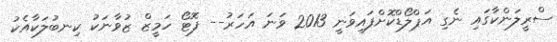
ސްރީލަންކާގައި ނެގި އަޕްލޯޑްކޮށްފައިވަނީ 2013 ވަނަ އަހަރު-- ފޮޓޯ ހަމީޒް ޒުވާނަކު ކިނބުލަކާއެކު